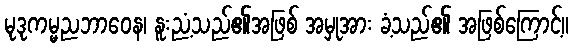
မုဒုကမ္မညဘာဝေန၊ နူးညံ့သည်၏အဖြစ် အမှုအား ခံ့သည်၏ အဖြစ်ကြောင့်။